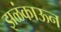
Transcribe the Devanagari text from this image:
झळंकाऊन